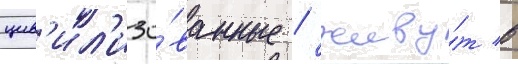
цив'ил'изо́ванные / живу́т в